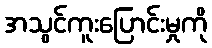
အသွင်ကူးပြောင်းမှုကို